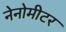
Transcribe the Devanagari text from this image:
नेनोमीटर